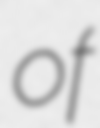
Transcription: of